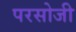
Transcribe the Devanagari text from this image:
परसोजी